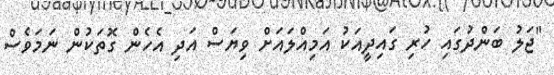
"ޖަލު ބަންދުގައި ހުރި ގައިދީއަކު އަމިއްލައަށް ވިޔަސް އަދި އެހެން ގޮތަކުން ނަމަވެސް